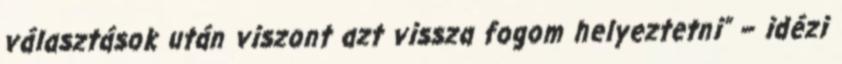
választások után viszont azt vissza fogom helyeztetni” – idézi